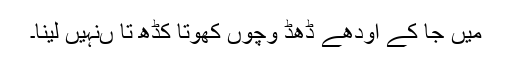
میں جا کے اودھے ڈھڈ وچوں کھوتا کڈھ تا ںنہیں لینا۔